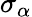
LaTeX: \sigma_{\alpha}